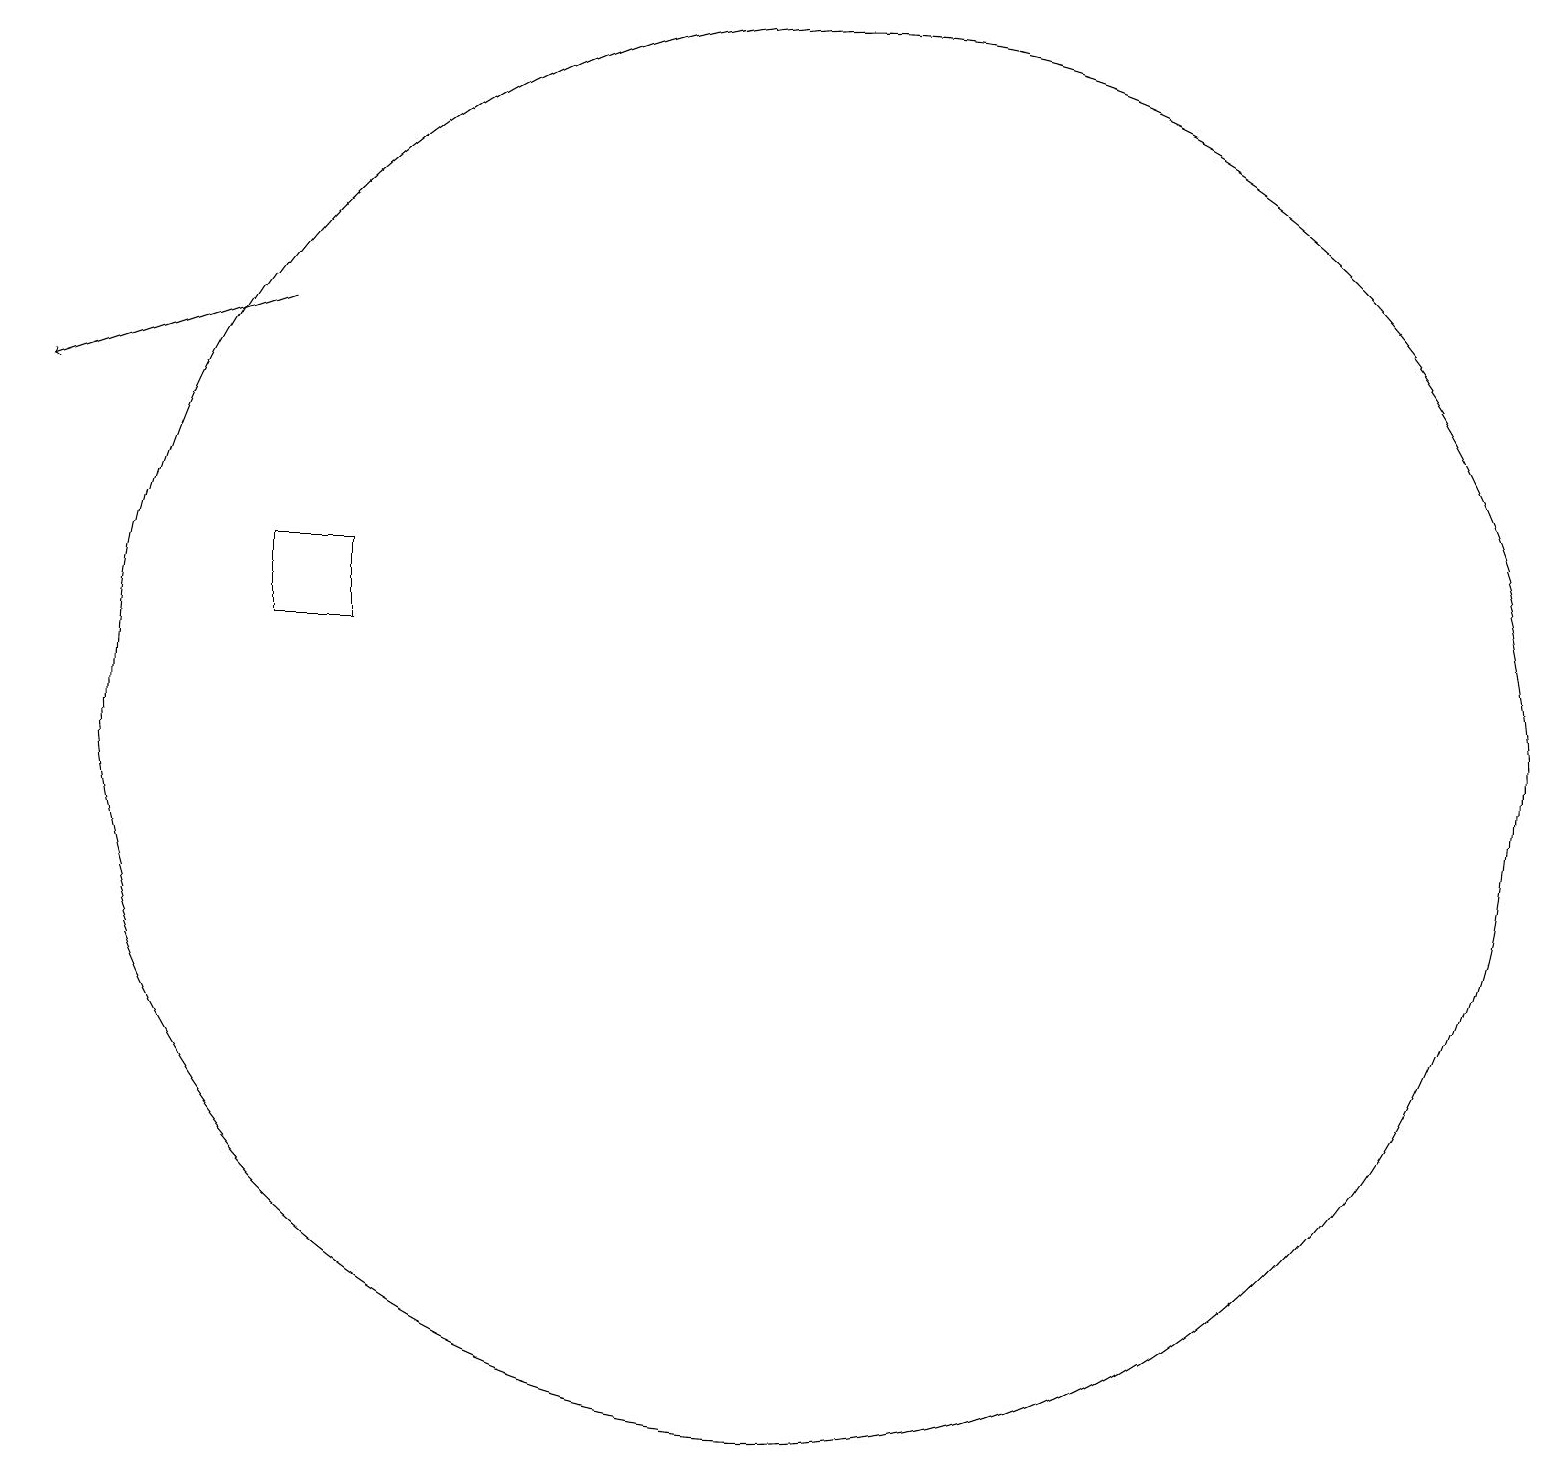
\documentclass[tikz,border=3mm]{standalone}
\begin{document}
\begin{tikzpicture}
\draw[->] (5,15) -- (2,14);
\draw (12,10) circle (9);
\draw (5,11) rectangle (6,12);
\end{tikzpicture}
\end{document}